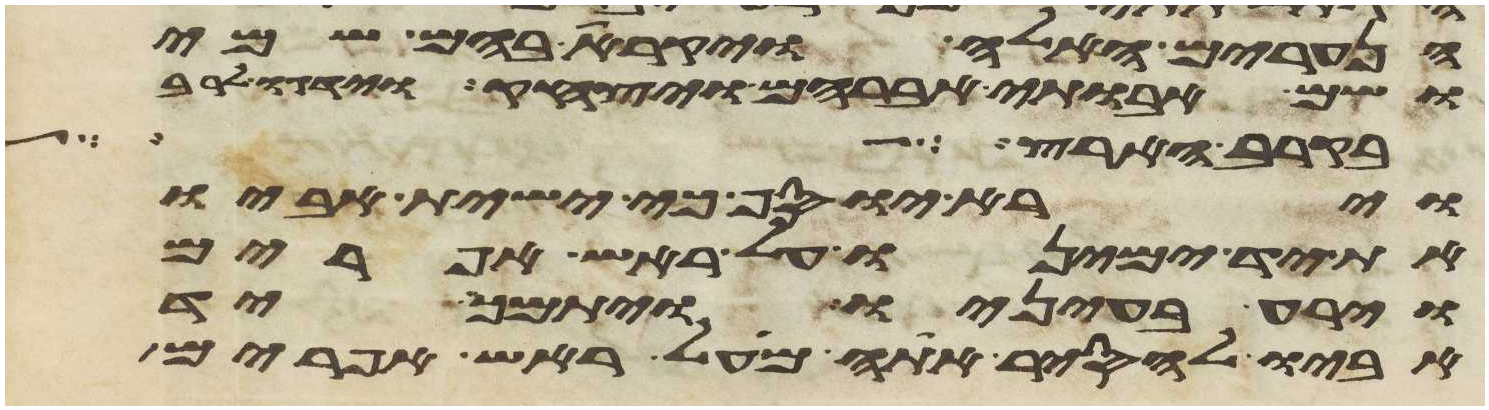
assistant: הנערים האלה ויקרא בהם שמי
ושם אבותי אברהם ויצחק וידגו לרב
בקרב הארץ
וירא יוסף כי ישית אביו
את יד ימינו על ראש אפרים
וירע בעיניו ויתמך יד
אביו להסיר אתה מעל ראש אפרים